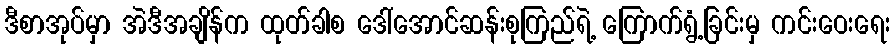
ဒီစာအုပ်မှာ အဲဒီအချိန်က ထုတ်ခါစ ဒေါ်အောင်ဆန်းစုကြည်ရဲ့ ကြောက်ရွံ့ခြင်းမှ ကင်းဝေးရေး